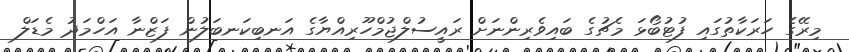
މިރޭގެ ހަރަކާތުގައި ފުޓުބޯޅަ މެޗުގެ ބައިވެރިންނަށް ރައީސުލްޖުމްހޫރިއްޔާގެ އަނބިކަނބަލުން ފަޒްނާ އަހްމަދު މެޑަލް